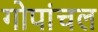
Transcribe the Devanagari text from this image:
गोपांचल